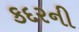
કદરની